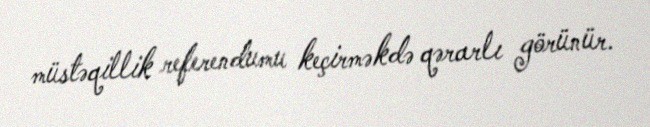
müstəqillik referendumu keçirməkdə qərarlı görünür.